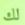
لك